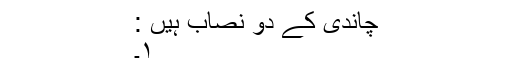
چاندی کے دو نصاب ہیں :
١۔